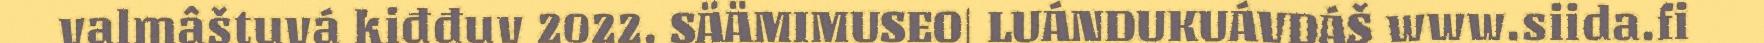
valmâštuvá kiđđuv 2022. SÄÄMIMUSEO| LUÁNDUKUÁVDÁŠ www.siida.fi